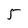
Character: 5